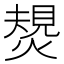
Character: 𤍮